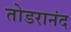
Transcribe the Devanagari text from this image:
तोडरानंद